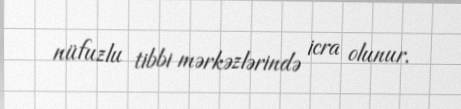
nüfuzlu tibbi mərkəzlərində icra olunur.